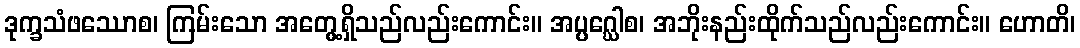
ဒုက္ခသံဖဿောစ၊ ကြမ်းသော အတွေ့ရှိသည်လည်းကောင်း။ အပ္ပဂ္ဃေါစ၊ အဘိုးနည်းထိုက်သည်လည်းကောင်း။ ဟောတိ၊